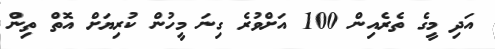
އަދި މީގެ ތެރެއިން 100 އަށްވުރެ ގިނަ މީހުން ކުރިޔަށް އޮތް ތިން